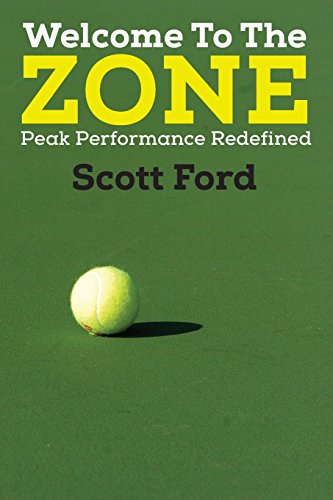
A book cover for Welcome to the Zone: Peak Performance Redefined; Scott Ford; Sports & Outdoors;